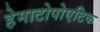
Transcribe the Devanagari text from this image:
हेमाटोपोएटिक